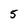
Character: 5